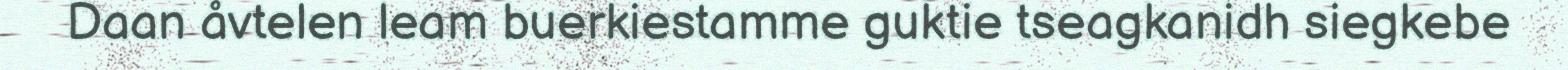
Daan åvtelen leam buerkiestamme guktie tseagkanidh siegkebe